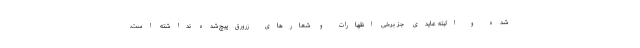
شده و البته عایدی جز برخی اظهارات و شعارهای زرورق‌پیچ‌شده نداشته است.